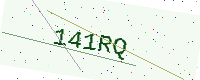
Text: 141RQ